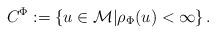
LaTeX: \begin{align*} C^{\Phi}:=\left\{u\in \mathcal{M} | \rho_{\Phi}(u)< \infty \right\}.\end{align*}